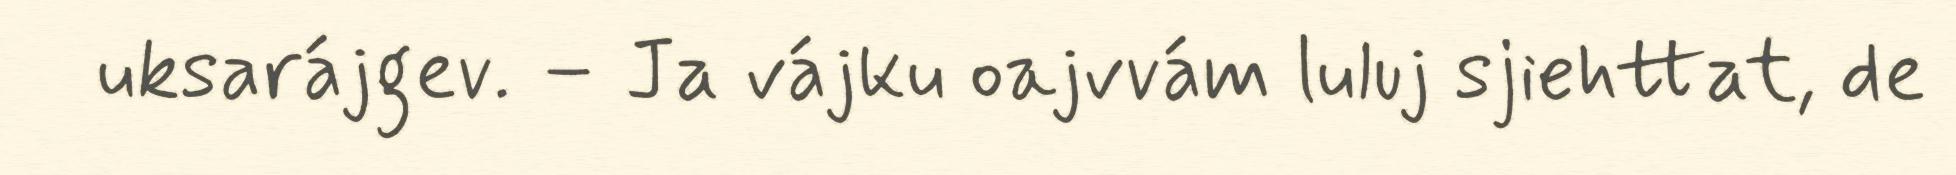
uksarájgev. – Ja vájku oajvvám luluj sjiehttat, de